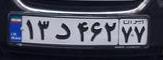
۱۳د۴۶۲۷۷